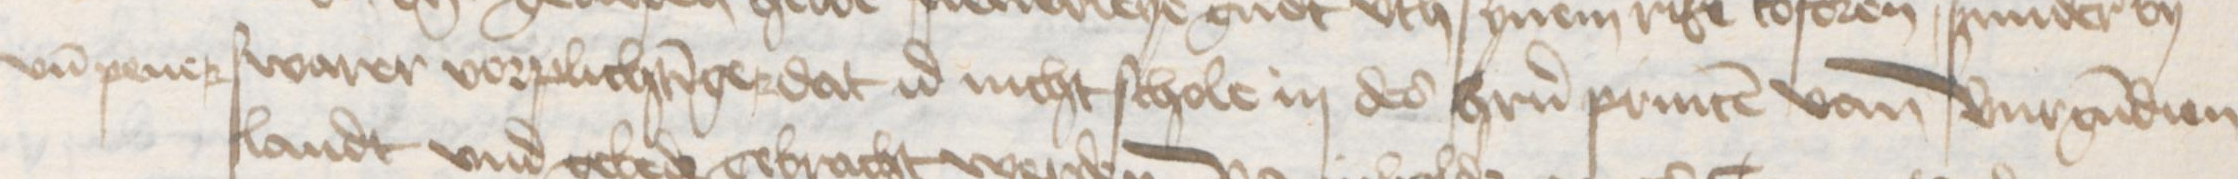
Transcription: vnd pener swarer vorplichtinger dat id nicht schole in des herrn princen van Burgundien